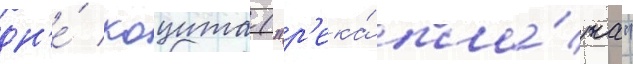
дн'е́ коцита ("р'ека́ пла́ча"